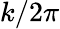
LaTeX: k/2\pi